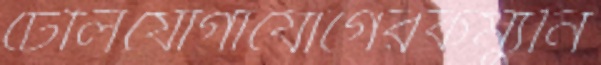
টেলিযোগাযোগেরকম্যুনি